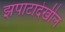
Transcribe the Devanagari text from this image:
झपाटादेखील